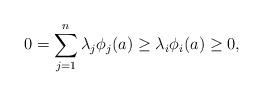
LaTeX: \begin{align*}0 = \sum_{j=1}^n \lambda_j \phi_j(a) \geq \lambda_i \phi_i(a)\geq 0,\end{align*}